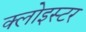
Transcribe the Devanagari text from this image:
क्लोइस्टर